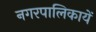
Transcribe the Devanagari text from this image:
नगरपालिकायें